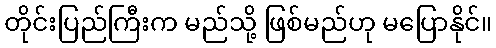
တိုင်းပြည်ကြီးက မည်သို့ ဖြစ်မည်ဟု မပြောနိုင်။